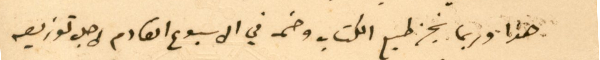
هذا وربما ينجز طبع الكتاب وضمه في الاسبوع القادم لاجل توزيعه